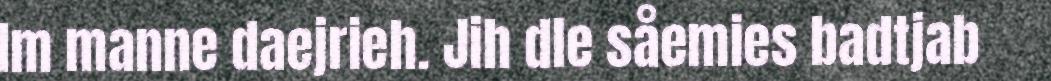
Im manne daejrieh. Jih dle såemies badtjab